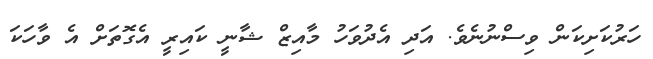
ހަރުކަށިކަން ވިސްނުނެވެ. އަދި އެދުވަހު މާއިޒް ޝާނީ ކައިރީ އެގޮތަށް އެ ވާހަކަ